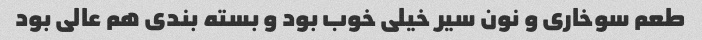
طعم سوخاری و نون سیر خیلی خوب بود و بسته بندی هم عالی بود